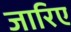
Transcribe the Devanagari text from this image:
जारिए